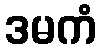
ဒမကံ